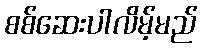
စစ်ဆေးပါလိမ့်မည်